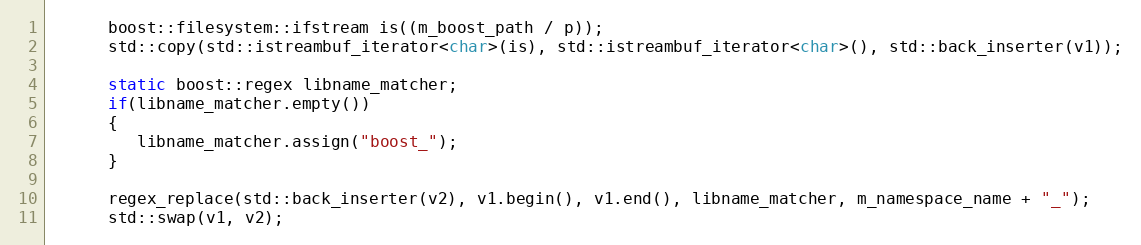
Language: C++
      boost::filesystem::ifstream is((m_boost_path / p));
      std::copy(std::istreambuf_iterator<char>(is), std::istreambuf_iterator<char>(), std::back_inserter(v1));

      static boost::regex libname_matcher;
      if(libname_matcher.empty())
      {
         libname_matcher.assign("boost_");
      }

      regex_replace(std::back_inserter(v2), v1.begin(), v1.end(), libname_matcher, m_namespace_name + "_");
      std::swap(v1, v2);